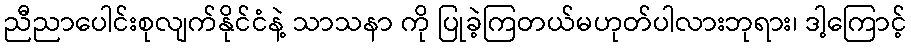
ညီညာပေါင်းစုလျက်နိုင်ငံနဲ့ သာသနာ ကို ပြုခဲ့ကြတယ်မဟုတ်ပါလားဘုရား၊ ဒါ့ကြောင့်